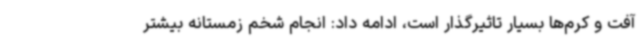
آفت و کرم‌ها بسیار تاثیرگذار است، ادامه داد: انجام شخم زمستانه بیشتر